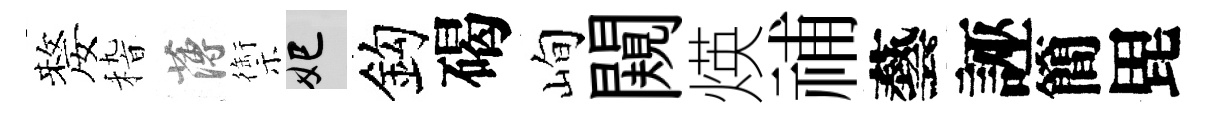
嫠𥟵薄禦妃鈎碣峋闚煐𥙷藝誣簡毘